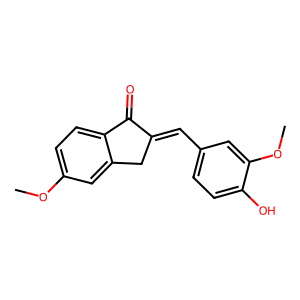
SMILES: COc1ccc2c(c1)CC(=Cc1ccc(O)c(OC)c1)C2=O
Inhibits HIV replication: No